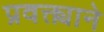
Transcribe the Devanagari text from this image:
प्रवक्त्याने